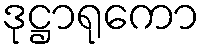
ဒုဋ္ဌာရုကော